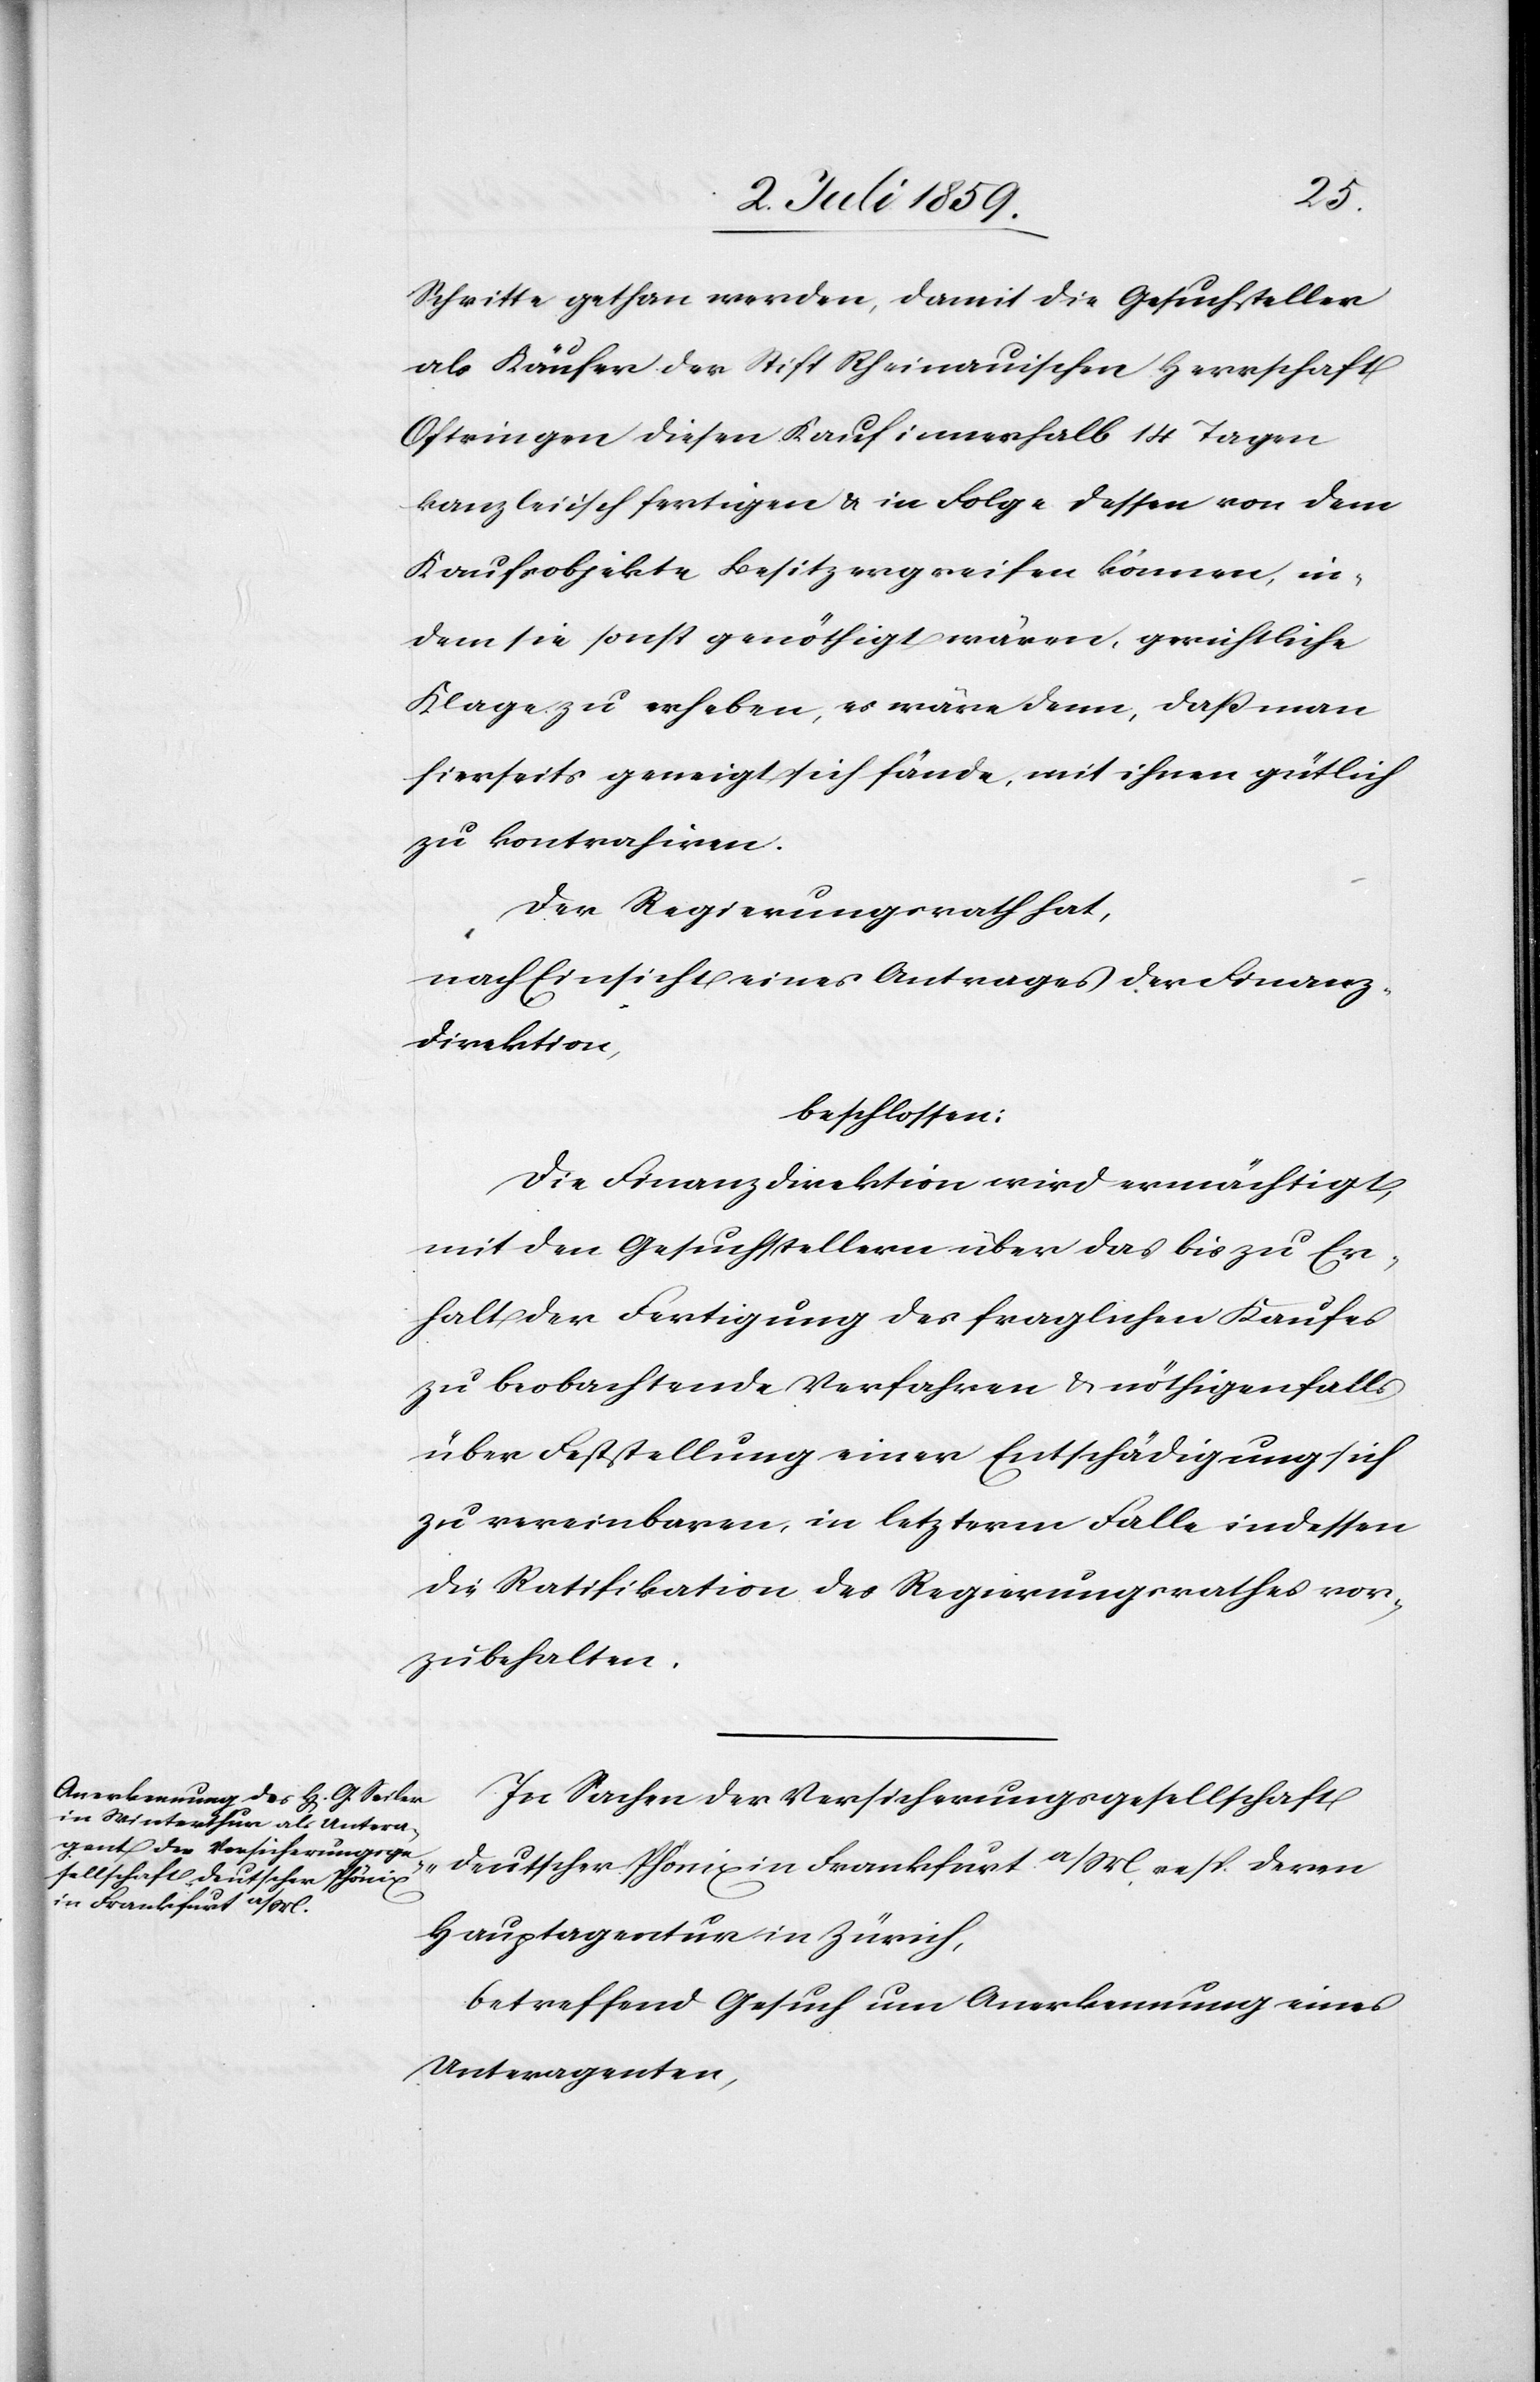
Schritte gethan werden, damit die Gesuchsteller
als Käufer der Stift Rheinauischen Herrschaft
Oftringen diesen Kauf innerhalb 14 Tagen
kanzleiisch fertigen u. in Folge dessen von dem
Kaufsobjekte Besitz ergreifen können, in¬
dem sie sonst genöthigt wären, gerichtliche
Klage zu erheben, es wäre denn, daß man
hierseits geneigt sich fände, mit ihnen gütlich
zu kontrahiren.
Der Regierungsrath hat,
nach Einsicht eines Antrages der Finanz¬
direktion,
beschlossen:
Die Finanzdirektion wird ermächtigt
mit den Gesuchstellern über das bis zu Er¬
halt der Fertigung des fraglichen Kaufes
zu beobachtende Verfahren u. nöthigenfalls
über Feststellung einer Entschädigung sich
zu vereinbaren, in letzterm Falle indessen
die Ratifikation des Regierungsrathes vor¬
zubehalten.
In Sachen der Versicherungsgesellschaft
„Deutscher Phönix“ in Frankfurt a/M resp. deren
Hauptagentur in Zürich,
betreffend Gesuch um Anerkennung eines
Unteragenten,